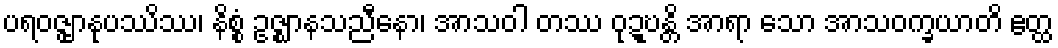
ပရဝဇ္ဇျာနုပဿိဿ၊ နိစ္စံ ဥဇ္ဈာနသညီနော၊ အာသဝါ တဿ ဝုဍ္ဎန္တိ အာရာ သော အာသဝက္ခယာတိ ဧတ္ထ